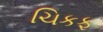
ચિકફ